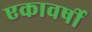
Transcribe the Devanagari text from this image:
एकावर्षी